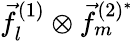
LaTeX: \vec{f}_{l}^{(1)}\otimes\vec{f}_{m}^{(2)^{*}}